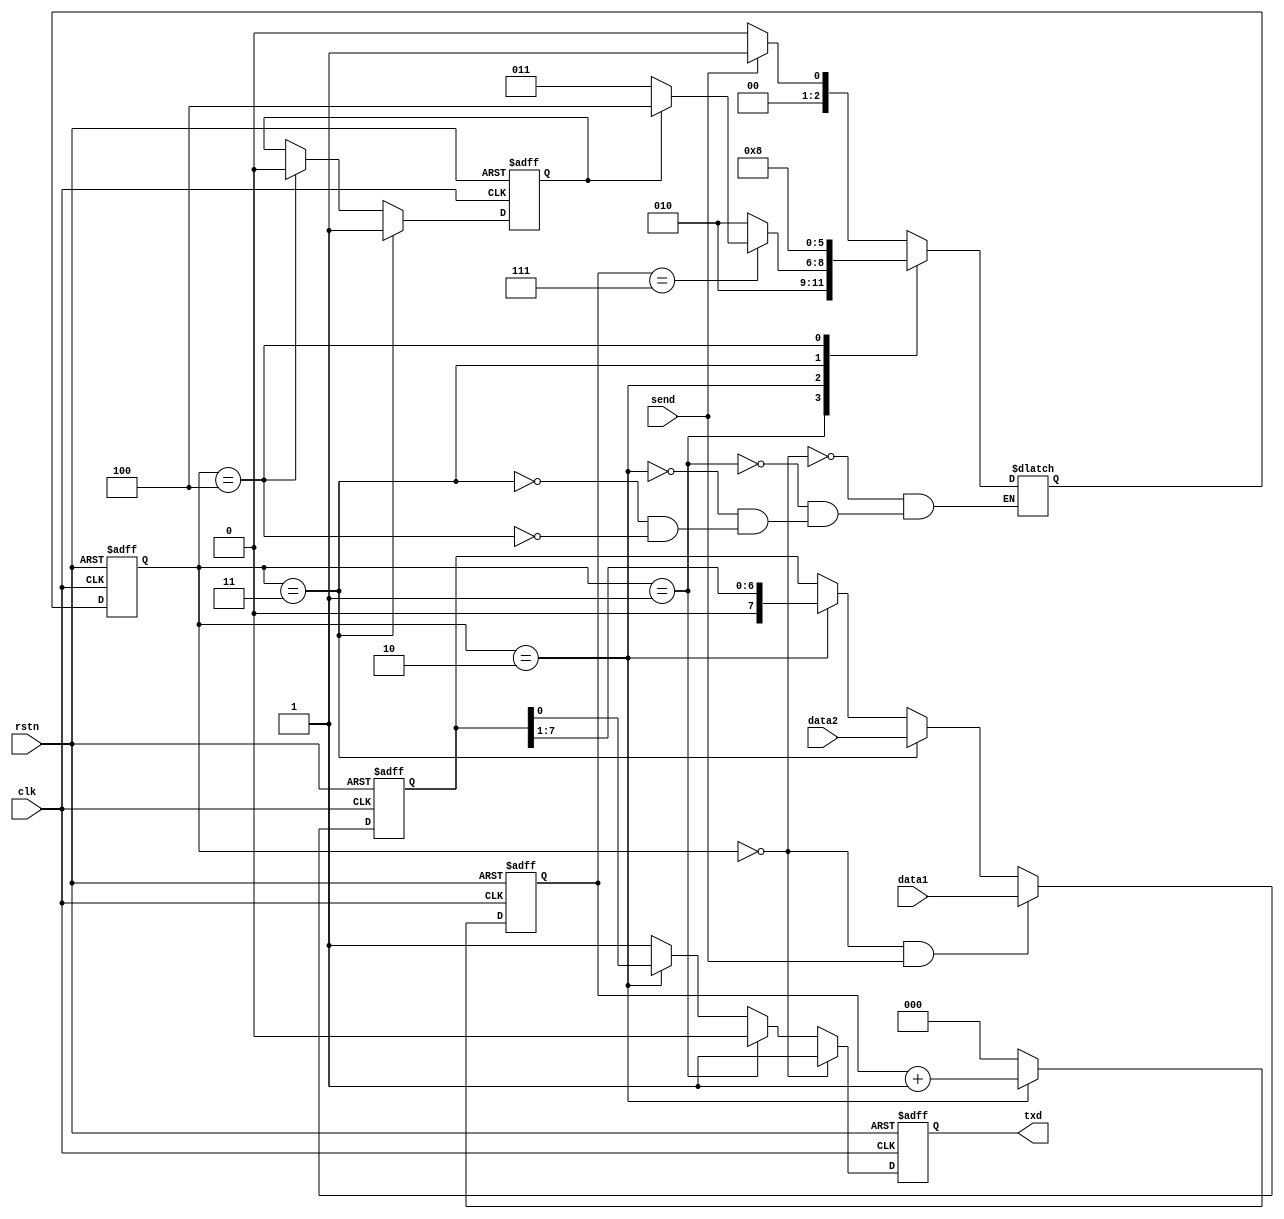
module uart_tx(clk, rstn, send, data1, data2, txd);
    input clk, rstn, send;
    input [7:0] data1, data2;
    output txd;
    
    // 
    localparam TX_IDLE = 0, TX_START = 1, TX_DATA = 2, TX_WAIT = 3, TX_FINISH = 4;

    reg [7:0] data_reg;
    reg [2:0] counter;
    reg [2:0] state, next_state; // 3
    reg txd;
    reg data_select; // data1data2

    always @(posedge clk or negedge rstn)
        if (!rstn)
            state <= TX_IDLE;
        else
            state <= next_state;

    always @(*) begin
        case (state)
            TX_IDLE: next_state = send ? TX_START : TX_IDLE;
            TX_START: next_state = TX_DATA;
            TX_DATA: next_state = (counter == 7) ? (data_select ? TX_FINISH : TX_WAIT) : TX_DATA;
            TX_WAIT: next_state = TX_START;
            TX_FINISH: next_state = TX_IDLE;
        endcase
    end

    always @(posedge clk or negedge rstn)
        if (!rstn)
            counter <= 0;
        else if (state == TX_DATA)
            counter <= counter + 1;
        else
            counter <= 0;

    always @(posedge clk or negedge rstn)
        if (!rstn)
            data_reg <= 0;
        else if (state == TX_IDLE && send)
            data_reg <= data1;
        else if (state == TX_WAIT)
            data_reg <= data2;
        else if (state == TX_DATA)
            data_reg <= {1'b0, data_reg[7:1]};
        else
            data_reg <= data_reg;

    always @(posedge clk or negedge rstn)
        if (!rstn)
            txd <= 1;
        else if (state == TX_IDLE)
            txd <= 1;
        else if (state == TX_START)
            txd <= 0;
        else if (state == TX_DATA)
            txd <= data_reg[0];
        else if (state == TX_FINISH)
            txd <= 1;
        else
            txd <= 1;

    always @(posedge clk or negedge rstn)
        if (!rstn)
            data_select <= 0;
        else if (state == TX_WAIT)
            data_select <= 1;
        else if (state == TX_FINISH)
            data_select <= 0;
        else
            data_select <= data_select;

endmodule

module uart_rx(clk, rstn, rxd, valid, data);
    input clk, rstn, rxd;
    output valid;
    output[7:0] data;

    localparam RX_IDLE = 0, RX_START = 1, RX_DATA = 2, RX_FINISH = 3;
    reg[9:0] data_reg;
    reg[2:0] counter;
    reg[1:0] state, next_state;
    reg valid;
    
    always @(posedge clk or negedge rstn)
        if (!rstn)
            state <= RX_IDLE;
        else
            state <= next_state;
    
    always @(*)
    case(state)
        RX_IDLE : next_state = !data_reg[9] ? RX_START : RX_IDLE;
        RX_START : next_state = RX_DATA;
        RX_DATA : next_state = counter == 7 ? RX_FINISH : RX_DATA;
        RX_FINISH : next_state = RX_IDLE;
    endcase

    always @(posedge clk or negedge rstn)
        if (!rstn)
            counter <= 0;
        else if (state == RX_DATA)
            counter <= counter + 1;
        else
            counter <= 0;

    always @(posedge clk or negedge rstn)
        if (!rstn)
            data_reg <= 10'b1111111111;
        else
            data_reg <= {rxd, data_reg[9:1]};
    
    always @(posedge clk or negedge rstn)
        if (!rstn)
            valid <= 0;
        else if (counter == 7)
            valid <= 1;
        else
            valid <= 0;

    assign data = data_reg[7:0];

endmodule

module clk_div(clk, rstn, uart_clk);
    input clk, rstn;
    output uart_clk;
    localparam div_num = 100000000/19200;
    reg[15:0] num;

    always @(posedge clk or negedge rstn)
        if (!rstn)
            num <= 0;
        else if (num != div_num)
            num <= num + 1;
        else
            num <= 0;

    reg uart_clk;
    always @(posedge clk or negedge rstn)
        if (!rstn)
            uart_clk <= 0;
        else if (num == div_num)
            uart_clk <= ~uart_clk;
        else
            uart_clk <= uart_clk;

endmodule

module debounce(clk, rstn, button_in, button_out);
    input clk, rstn, button_in;
    output button_out;
    reg button_out;
    reg button_reg;

    reg[15:0] counter;
    always @(posedge clk or negedge rstn)
        if (!rstn)
            counter <= 0;
        else if (button_reg != button_in || |counter)
            counter <= counter + 1;
        else
            counter <= 0;

    always @(posedge clk or negedge rstn)
        if (!rstn)
            button_out <= 0;
        else if (|counter)
            button_out <= button_out;
        else
            button_out <= button_reg;

    always @(posedge clk or negedge rstn)
        if (!rstn)
            button_reg <= 0;
        else if (|counter)
            button_reg <= button_reg;
        else
            button_reg <= button_in;

endmodule

module button_transmitter(clk, rstn, s3, out);
    input clk, rstn, s3;
    output out;

    reg state, next_state;

    always @(posedge clk or negedge rstn)
        if (!rstn)
            state <= 0;
        else
            state <= next_state;

    always @(*)
    case(state)
        0 : next_state = (s3 == 1) ? 1 : 0;
        1 : next_state = (s3 == 1) ? 1 : 0;
    endcase

    assign out = (next_state == 1);

endmodule

// 
module led_clk_division(clk, rstn, led_clk);
    input clk, rstn;
    output led_clk;
    reg [15:0] led_clk_reg;
    assign led_clk = led_clk_reg[15];

    always @(posedge clk)
        if (!rstn)
            led_clk_reg <= 20'b0;
        else
            led_clk_reg <= led_clk_reg + 1;

endmodule

// led_mux
module led_mux_generate(led_clk, rstn, led_mux);
    input led_clk, rstn;
    output reg [3:0] led_mux;
    always @(posedge led_clk or negedge rstn) begin
        if (!rstn)
            led_mux <= 4'b0001;
        else
            led_mux <= {led_mux[2:0], led_mux[3]};
    end

endmodule

module led_display(led_mux, ascii_units, ascii_tens, led); 
    input [3:0] led_mux;
    input [7:0] ascii_units;  // ASCII
    input [7:0] ascii_tens;  // ASCII
    output reg [6:0] led;

    always @(*) begin
        case (led_mux)
            4'b0001: begin
                case (ascii_units)
                    8'h30: led <= 7'b1111110;
                    8'h31: led <= 7'b0110000; //  8'h31  '1'
                    8'h32: led <= 7'b1101101; //  8'h32  '2'
                    8'h33: led <= 7'b1111001; //  8'h33  '3'
                    8'h34: led <= 7'b0110011; //  8'h34  '4'
                    8'h35: led <= 7'b1011011; //  8'h35  '5'
                    8'h36: led <= 7'b1011111; //  8'h36  '6'
                    8'h37: led <= 7'b1110000; //  8'h37  '7'
                    8'h38: led <= 7'b1111111; //  8'h38  '8'
                    8'h39: led <= 7'b1111011; //  8'h39  '9'
                    default: led <= 7'b0000000;
                endcase
            end
            4'b0010: begin
                case (ascii_tens)
                    // 8'h30: led <= 7'b1111110;
                    8'h31: led <= 7'b0110000; //  8'h31  '1'
                    8'h32: led <= 7'b1101101; //  8'h32  '2'
                    8'h33: led <= 7'b1111001; //  8'h33  '3'
                    8'h34: led <= 7'b0110011; //  8'h34  '4'
                    8'h35: led <= 7'b1011011; //  8'h35  '5'
                    8'h36: led <= 7'b1011111; //  8'h36  '6'
                    8'h37: led <= 7'b1110000; //  8'h37  '7'
                    8'h38: led <= 7'b1111111; //  8'h38  '8'
                    8'h39: led <= 7'b1111011; //  8'h39  '9'
                    default: led <= 7'b0000000;
                endcase
            end
            default: led <= 7'b0000000;
        endcase
    end

endmodule

module ascii_calculator (ascii_a_tens, ascii_a_units, ascii_b_tens, ascii_b_units, ascii_op, ascii_units, ascii_tens);
    input [7:0] ascii_a_tens;    // ASCII
    input [7:0] ascii_a_units;   // ASCII
    input [7:0] ascii_b_tens;    // ASCII
    input [7:0] ascii_b_units;   // ASCII
    input [7:0] ascii_op;        // +-*/^
    output reg [7:0] ascii_units; // ASCII
    output reg [7:0] ascii_tens;   // ASCII

    reg [6:0] bin_a;     // 
    reg [6:0] bin_b;     // 
    reg [13:0] bin_result; // 
    reg [3:0] units;     // 
    reg [3:0] tens;      // 

    always @(*) begin
        // ASCII
        bin_a = (ascii_a_tens - 8'd48) * 10 + (ascii_a_units - 8'd48);
        bin_b = (ascii_b_tens - 8'd48) * 10 + (ascii_b_units - 8'd48);

        // 
        case (ascii_op)
            8'd43: bin_result = bin_a + bin_b; // '+' 
            8'd45: bin_result = bin_a - bin_b; // '-' 
            8'd42: bin_result = bin_a * bin_b; // '*' 
            8'd47: bin_result = bin_b != 0 ? bin_a / bin_b : 14'd0; // '/' 0
            // 8'd94: bin_result = bin_a ** bin_b; // '^' 
            default: bin_result = 14'd0; // 0
        endcase

        // 
        units = bin_result % 10;
        tens = (bin_result / 10) % 10;

        // ASCII
        ascii_units = units + 8'd48;
        ascii_tens = tens + 8'd48;
    end

endmodule

module calculator_fsm (clk, rstn, data, valid, ascii_units, ascii_tens);
    input clk, rstn;
    input [7:0] data;        // ASCII
    input valid;             // data
    output reg [7:0] ascii_units; // ASCII
    output reg [7:0] ascii_tens;  // ASCII

    reg [7:0] op;            // 
    reg [7:0] operand_tens;  // 
    reg [7:0] operand_units; // 
    reg [7:0] result_units;  // 
    reg [7:0] result_tens;   // 
    reg [7:0] state;         // 

    localparam S_IDLE = 8'd0;               // 
    localparam S_BUF_1 = 8'd1;              // 
    localparam S_OPERAND_UNITS_1 = 8'd2;    // 
    localparam S_OPERATOR = 8'd3;           // 
    localparam S_OPERAND_TENS = 8'd4;       // 
    localparam S_BUF_2 = 8'd5;              // 
    localparam S_OPERAND_UNITS_2 = 8'd6;    // 
    localparam S_CALCULATE = 8'd7;          // =
    localparam S_CALCULATE_2 = 8'd8;        // 2

    wire [7:0] calc_units;
    wire [7:0] calc_tens;

    // ascii_caculator
    ascii_calculator calc (
        .ascii_a_tens(result_tens),
        .ascii_a_units(result_units),
        .ascii_b_tens(operand_tens),
        .ascii_b_units(operand_units),
        .ascii_op(op),
        .ascii_units(calc_units),
        .ascii_tens(calc_tens)
    );

    always @(posedge clk or negedge rstn) begin
        if (!rstn) begin
            state <= S_IDLE;
            result_units <= 8'd48; // ASCII '0'
            result_tens <= 8'd48;  // ASCII '0'
            ascii_units <= 8'd0; // 
            ascii_tens <= 8'd48;  // ASCII '0'
            operand_units <= 8'd48;
            operand_tens <= 8'd48;
            op <= 8'd43;
        end 
        else if (valid) begin
            if (data == 8'd99) begin // 'c' to clear
                state <= S_IDLE;
                result_units <= 8'd48; // ASCII '0'
                result_tens <= 8'd48;  // ASCII '0'
                ascii_units <= 8'd0; // 
                ascii_tens <= 8'd48;  // ASCII '0'
                operand_units <= 8'd48;
                operand_tens <= 8'd48;
                op <= 8'd43;
            end else begin
                case (state)
                    S_IDLE: begin
                        if (data >= 8'd48 && data <= 8'd57) begin
                            ascii_units <= 8'd0;
                            ascii_tens <= 8'd48;
                            result_units <= data;
                            result_tens <= data;
                            state <= S_BUF_1;
                        end
                    end
                    S_BUF_1: begin
                        if (data == 8'd32) begin
                            state <= S_OPERAND_UNITS_1;
                        end
                    end
                    S_OPERAND_UNITS_1: begin
                        if (data >= 8'd48 && data <= 8'd57) begin
                            result_units <= data;
                            ascii_units <= data;
                            ascii_tens <= result_tens;
                            state <= S_OPERATOR;
                        end
                        else if (data == 8'd43 || data == 8'd45 || data == 8'd42 || data == 8'd47) begin
                            op <= data;
                            result_tens <= 8'd48;
                            ascii_tens <= 8'd48;
                            ascii_units <= result_units;
                            state <= S_OPERAND_TENS;
                        end
                    end
                    S_OPERATOR: begin
                        if (data == 8'd43 || data == 8'd45 || data == 8'd42 || data == 8'd47) begin
                            op <= data;
                            state <= S_OPERAND_TENS;
                        end
                    end
                    S_OPERAND_TENS: begin
                        if (data >= 8'd48 && data <= 8'd57) begin
                            operand_units <= data;
                            operand_tens <= data;
                            state <= S_BUF_2;
                        end
                    end
                    S_BUF_2: begin
                        if (data == 8'd32) begin
                            state <= S_OPERAND_UNITS_2;
                        end
                    end
                    S_OPERAND_UNITS_2: begin
                        if (data >= 8'd48 && data <= 8'd57) begin
                            operand_units <= data;
                            ascii_units <= data;
                            ascii_tens <= operand_tens;
                            state <= S_CALCULATE;
                        end
                        else if (data == 8'd61) begin
                            operand_tens <= 8'd48;
                            ascii_tens <= 8'd48;
                            ascii_units <= operand_units;
                            state <= S_CALCULATE_2;
                        end
                    end
                    S_CALCULATE: begin
                        if (data == 8'd61) begin
                            ascii_units <= calc_units;
                            ascii_tens <= calc_tens;
                            result_units <= calc_units;
                            result_tens <= calc_tens;
                            state <= S_OPERATOR;
                        end
                    end
                endcase
            end
        end
        else if (state == S_CALCULATE_2) begin
            ascii_units <= calc_units;
            ascii_tens <= calc_tens;
            result_units <= calc_units;
            result_tens <= calc_tens;
            state <= S_OPERATOR;
        end        
    end

endmodule

module top(clk, rstn, s3, rxd, txd, out, led, led_mux);
    input clk, rstn, s3, rxd;
    output txd, out;
    output[6:0] led;
    output[3:0] led_mux;
    wire s3_deb, led_clk;
    wire uart_clk, valid;
    wire[7:0] data_to_fpga;
    wire[7:0] ascii_units;
    wire[7:0] ascii_tens;
    wire[3:0] led_mux_;
    wire[6:0] led_;

    // FPGA
    clk_div my_clk(clk, rstn, uart_clk);
    uart_rx my_rx(uart_clk, rstn, rxd, valid, data_to_fpga);
    calculator_fsm my_calculator(clk, rstn, data_to_fpga, valid, ascii_units, ascii_tens);
    
    // FPGALED
    led_clk_division led_division_inst (clk, rstn, led_clk);
    led_mux_generate led_mux_inst (led_clk, rstn, led_mux_);
    led_display led_inst (led_mux_, ascii_units, ascii_tens, led_);

    // FPGA
    debounce s3_init(clk, rstn, s3, s3_deb);
    button_transmitter button_tran(clk, rstn, s3_deb, out); 
    uart_tx my_tx_units(uart_clk, rstn, out, ascii_tens, ascii_units, txd);

    assign led_mux = led_mux_;
    assign led = led_;

endmodule